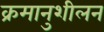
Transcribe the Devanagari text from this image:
क्रमानुशीलन